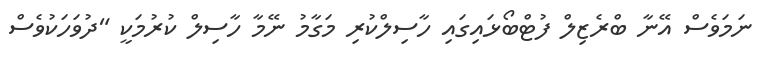
ނަމަވެސް އޭނާ ބްރެޒިލް ފުޓްބޯޅައިގައި ހާސިލްކުރި މަގާމު ނޭމާ ހާސިލް ކުރުމަކީ "ދުވަހަކުވެސް